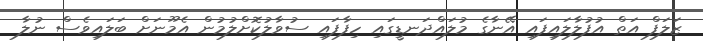
ޒަލަފް އަތް އުފުލާލައިފައި އޭނާގެ މުލައްދަނޑީގައި ހިފާފައި ސުވާލުކޮށްލުމުން އެމޫނަށް ބަލައިވެސް ނުލާ